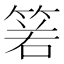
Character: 𥮷